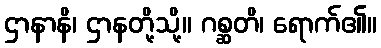
ဌာနာနိ၊ ဌာနတို့သို့။ ဂစ္ဆတိ၊ ရောက်၏။